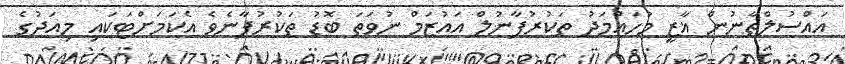
އައްސުލްތާނުން ޣާޒީ މުހައްމަދު ތަކުރުފާނުލް އައުޒަމް ނުވަތަ ބޮޑު ތަކުރުފާނެވެ އެކަމަށްޓަކައި މިއަދުގެ